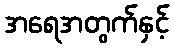
အရေအတွက်နှင့်